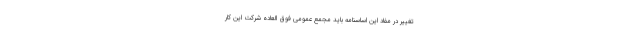
تغییر در مفاد این اساسنامه باید مجمع عمومی فوق العاده شرکت این کار